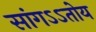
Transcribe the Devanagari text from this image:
सांगऽऽतोय